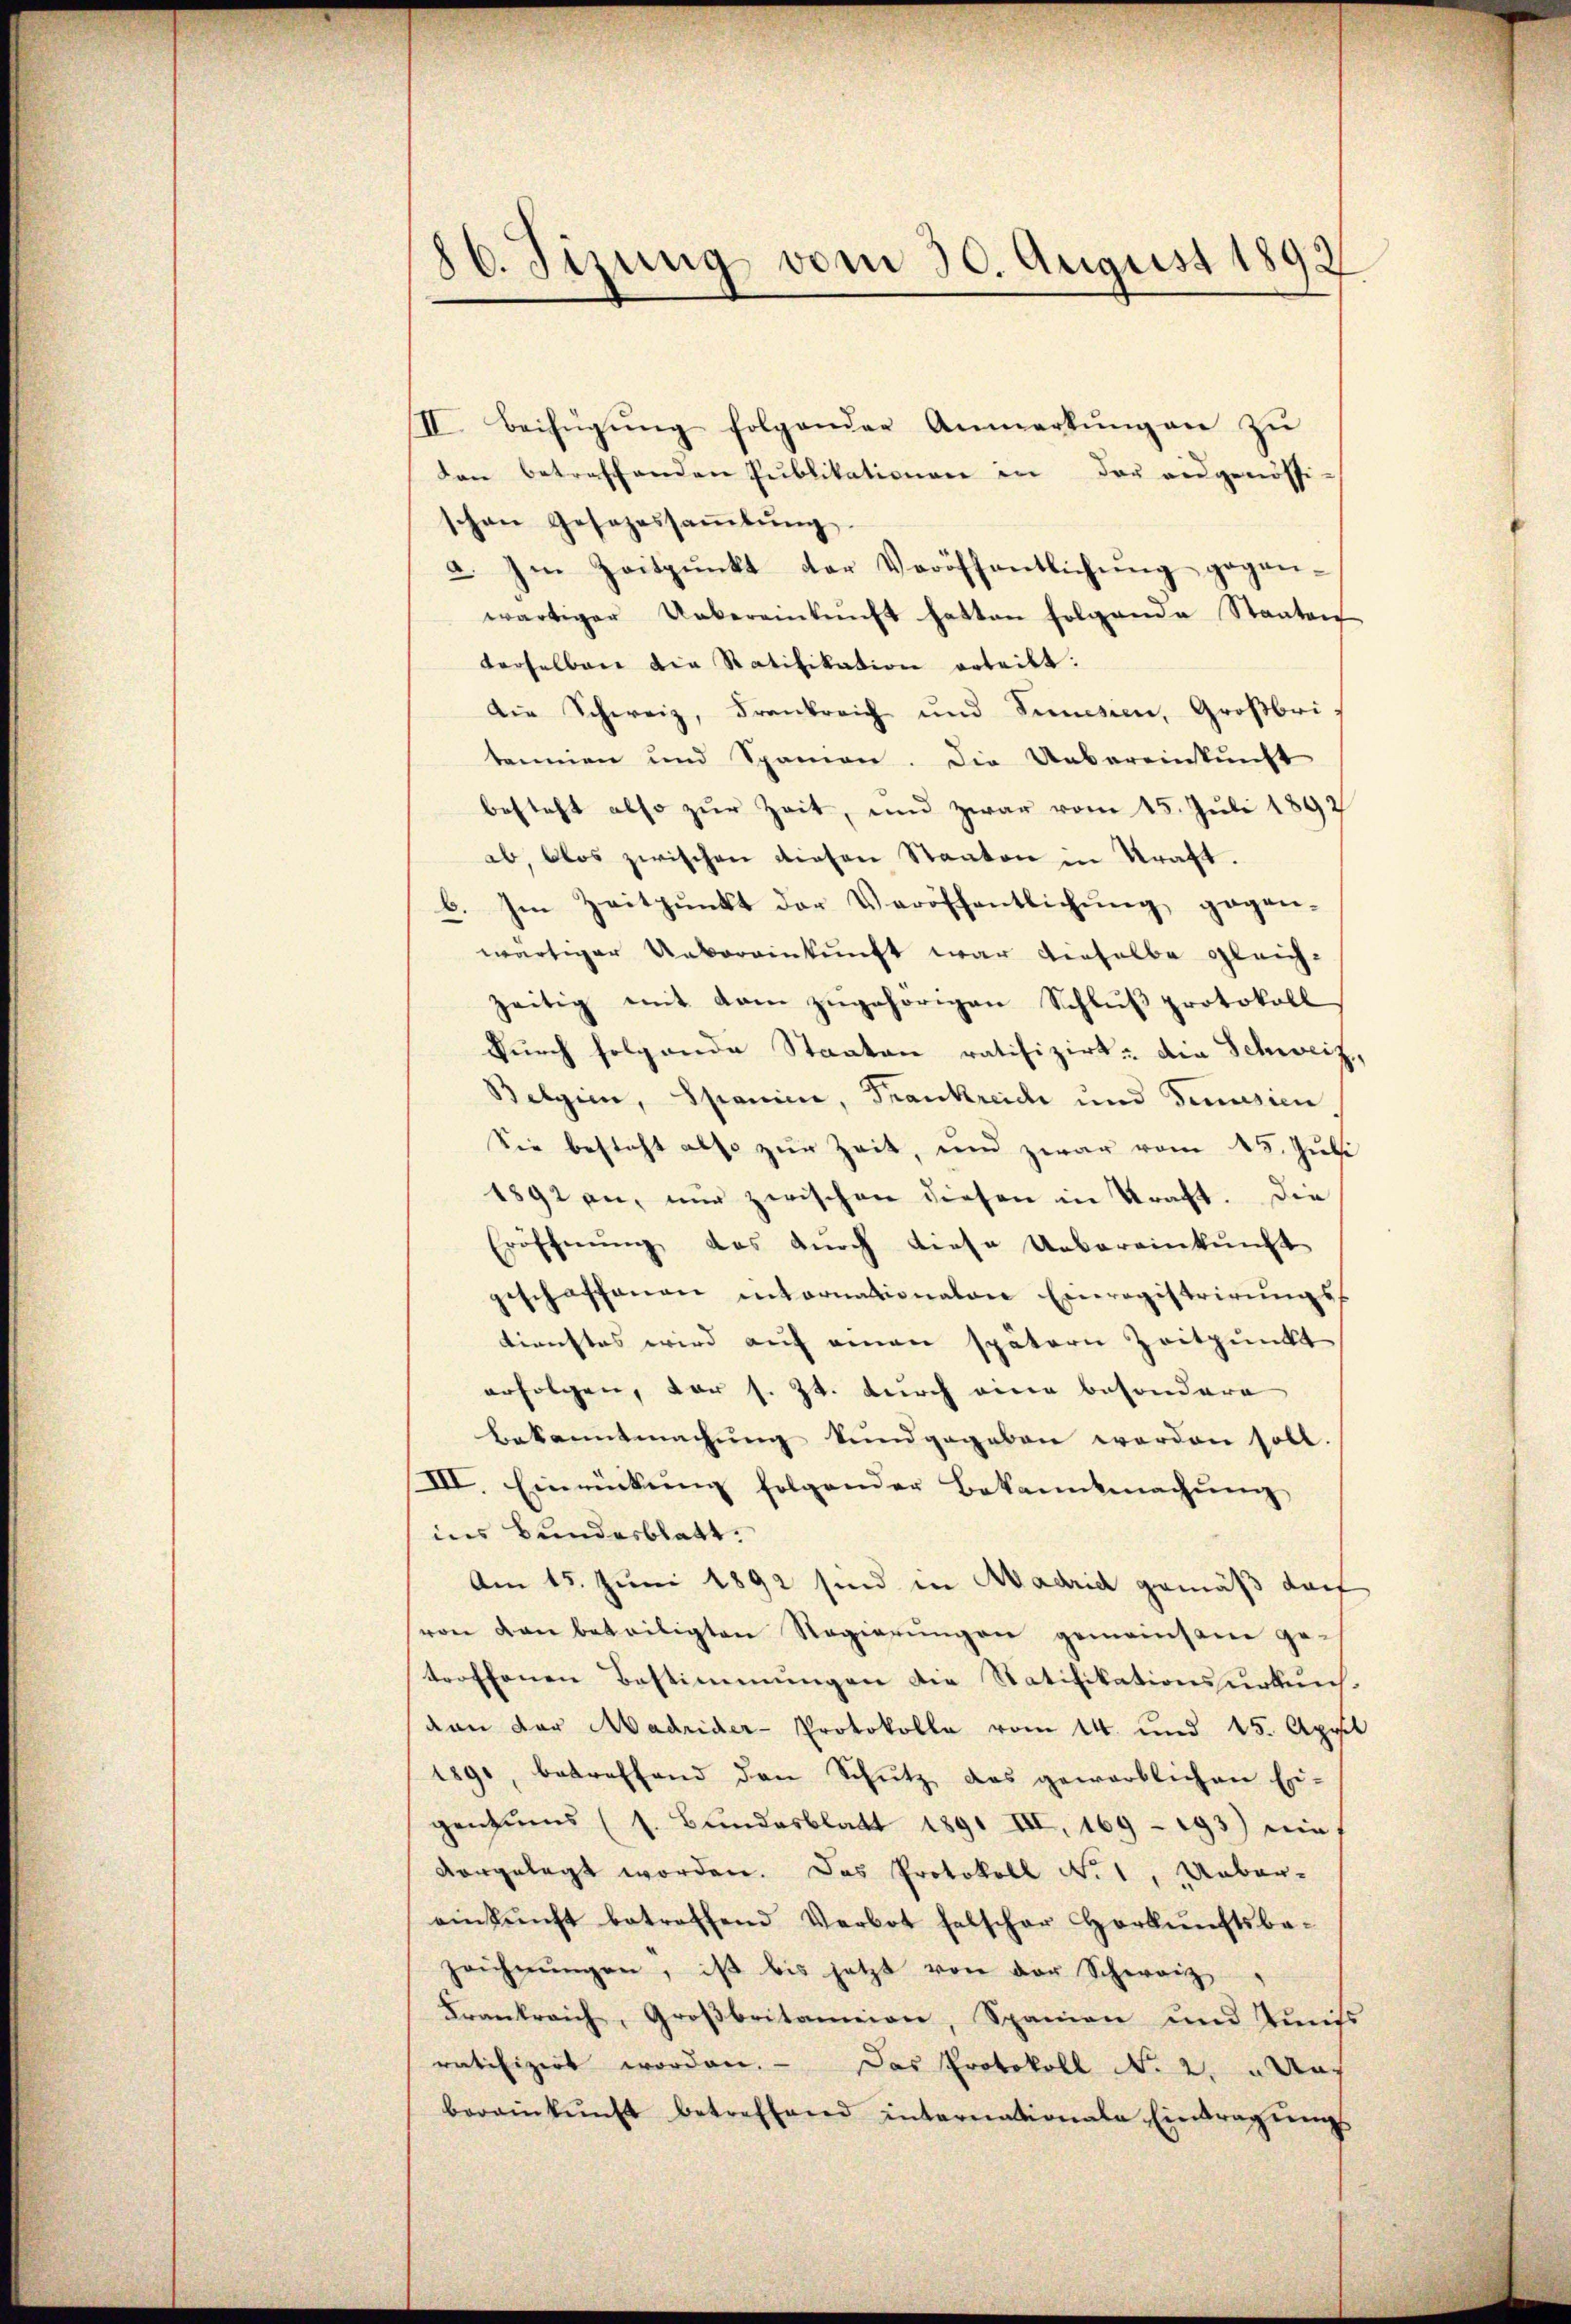
86. Sizung vom 30. August 1892

II. Beifügung folgender Anmerkŭng an zu
den betreffenden Publikationen in der ausgenössi-
schon Gesezessaṁlŭng
a. Im Zeitpunkt der Veröffentlichung gegenwärtiger Uebereinkunft hatten folgende Staaten
derselben die Ratifikation erteilt:
Die Schweiz, Frankreich und Senien, Großbritannien und Spanien. Die Uebereinkunft
besteht also zur Zeit, und zwar vom 15. Juli 1897
ab, blos zwischen diesen Staaten in Kraft.
b. Im Zeitpunkt der Veröffentlichung, gegen-
wärtiger Uebereinkunft war dieselbe gleich-
zeitig mit dem zugehörigen Schluß protokoll
durch folgende Staaten ratifizirt: die Schweiz,
Belgien, Spanice, Trankreide und Genusien
Sie besteht also zur Zeit, und zwar vom 15. Juli
1892 an, nur zwischen diesen in Straft. Die
Eröffnŭng das dŭrch diese Uebereinkunft
geschaffenen intornationalen Einregistrirŭngs-
tienstes wird auf einen spätern Zeitpunkt
erfolgen, vor s. Zt. durch eine besondere
Bekanntmachung kundgegeben worden soll.
III. Einrückung folgender Bekanntmachung
ins Bundesblatt.
Am 15. Juni 1892 sind in Madrid gemäß doch
von von beteiligten Regierŭngen gemeinsam ge-
troffenen Bestimmungen die Statifikationsurkunsdan der Madrider-Protokolle vom 14. und 15. April
1890, betreffend den Schŭtz das gewarblichen Ei-
gentums (s. Bundesblatt 1891 III, 169 - 193) ein
vorgelegt worden. Das Protokoll No 1, Ueber-
einkunft betroffend Verbot falscher Herkŭnftsbe-
zeichnŭngen, ist bis jetzt von der Schwarz
Krankreich, Großbritanien, Spanien und Zinss
ratifizirt worden. - Das Protokoll No 2. Nac
bereinkŭnft betreffend internationale Eintragŭngs